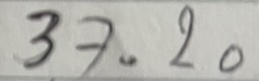
37 = 20